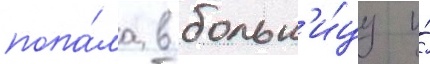
попа́ла в больн'и́цу и́